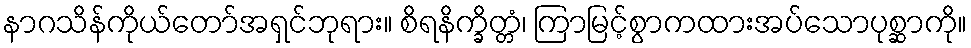
နာဂသိန်ကိုယ်တော်အရှင်ဘုရား။ စိရနိက္ခိတ္တံ၊ ကြာမြင့်စွာကထားအပ်သောပုစ္ဆာကို။